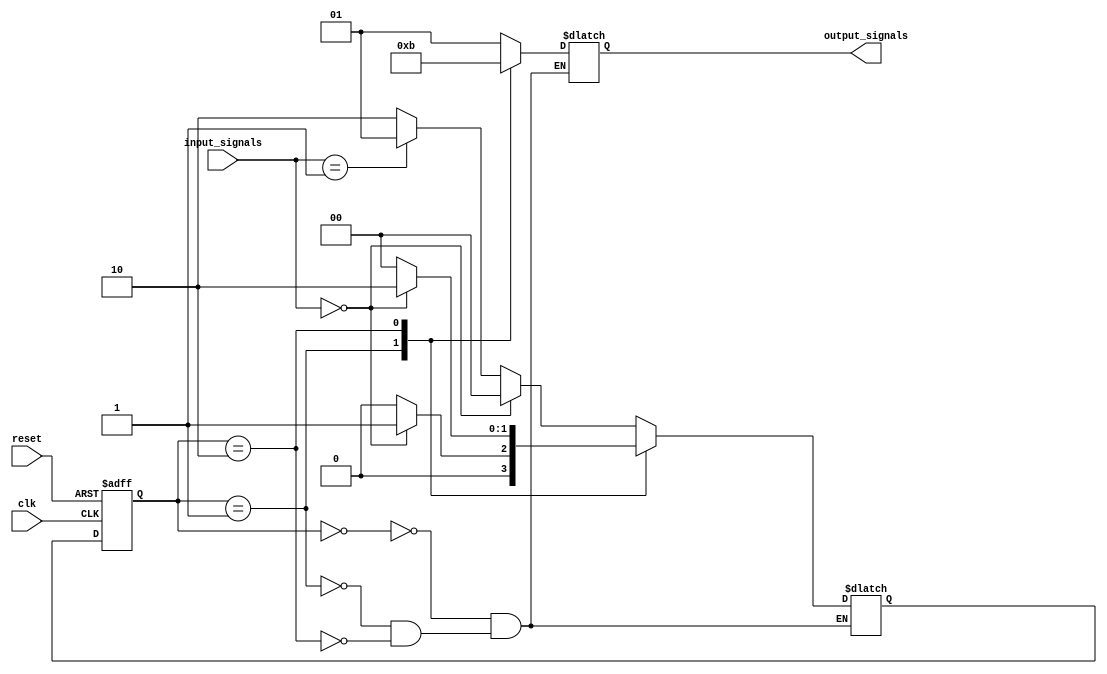
module FSM (
    input wire clk,       // clock signal
    input wire reset,     // reset signal
    input wire [1:0] input_signals,  // input signals
    output wire [1:0] output_signals  // output signals
);

// Defining states
parameter stateA = 2'b00;
parameter stateB = 2'b01;
parameter stateC = 2'b10;

// State registers
reg [1:0] current_state, next_state;

// Output signals
wire [1:0] output_signals_reg;

// Combinational logic block
always @(*) begin
    case (current_state)
        stateA: begin
            if (input_signals == 2'b00)
                next_state = stateA;
            else if (input_signals == 2'b01)
                next_state = stateB;
            else
                next_state = stateC;
            
            output_signals_reg = 2'b01; // Output logic for stateA
        end

        stateB: begin
            if (input_signals == 2'b00)
                next_state = stateB;
            else
                next_state = stateA;
            
            output_signals_reg = 2'b10; // Output logic for stateB
        end

        stateC: begin
            if (input_signals == 2'b00)
                next_state = stateC;
            else
                next_state = stateA;
            
            output_signals_reg = 2'b11; // Output logic for stateC
        end
    endcase
end

// State transition
always @(posedge clk or posedge reset) begin
    if (reset)
        current_state <= stateA;
    else
        current_state <= next_state;
end

// Assigning output signals
assign output_signals = output_signals_reg;

endmodule